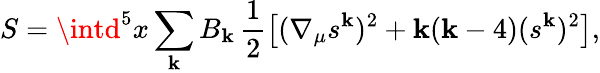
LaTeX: S=\intd^{5}x\sum_{\mathbf{k}}B_{\mathbf{k}}\, \frac{{1}}{{2}}\left[(\nabla_{\mu}s^{\mathbf{k}})^{2}+\mathbf{k}(\mathbf{k}-4)(s^{\mathbf{k}})^{2}\right],